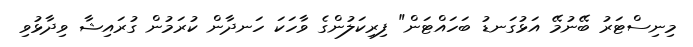
މިނިސްޓަރު ބޭނުމޭ އަޅުގަނޑު ބަހައްޓަން" ފިރިކަލުންގެ ވާހަކަ ހަނދާން ކުރަމުން ގުރައިޝާ ވިދާޅުވި